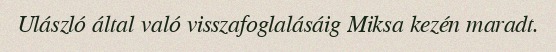
Ulászló által való visszafoglalásáig Miksa kezén maradt.